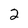
Character: 2